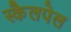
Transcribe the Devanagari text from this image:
स्कैलपेल